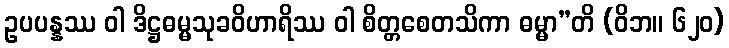
ဥပပန္နဿ ဝါ ဒိဋ္ဌဓမ္မသုခဝိဟာရိဿ ဝါ စိတ္တစေတသိကာ ဓမ္မာ”တိ (ဝိဘ။ ၆၂၀)